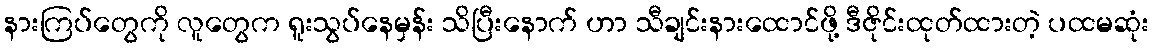
နားကြပ်တွေကို လူတွေက ရူးသွပ်နေမှန်း သိပြီးနောက် ဟာ သီချင်းနားထောင်ဖို့ ဒီဇိုင်းထုတ်ထားတဲ့ ပထမဆုံး